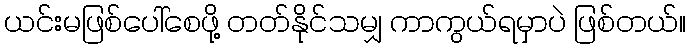
ယင်းမဖြစ်ပေါ်စေဖို့ တတ်နိုင်သမျှ ကာကွယ်ရမှာပဲ ဖြစ်တယ်။